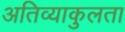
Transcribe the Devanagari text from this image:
अतिव्याकुलता